Vaccination United Provinces of Agra and Oudh 1902-1913 - 1902-1913
Year: 1902
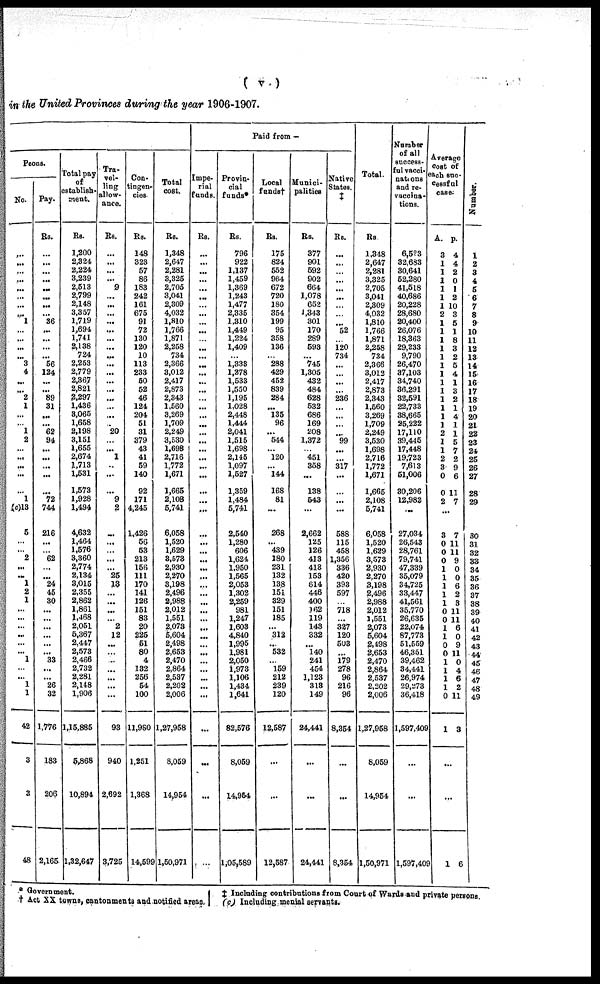
( v )
in the United Provinces during the year 1906-1907.
Paid from—
Peons.
No.
...
...
...
...
...
...
1
...
...
...
...
3
4
...
...
2
1
...
...
1
2
...
...
...
...
...
1
(c)13
5
...
...
2
...
...
1
2
1
...
...
...
...
...
...
1
...
...
1
1
42
3
3
48
Pay.
Rs.
...
...
...
...
...
...
...
36
...
...
...
...
56
124
...
...
89
31
...
...
62
94
...
...
...
...
72
744
216
...
62
...
...
24
45
30
...
...
...
...
...
...
33
...
...
26
32
1,776
183
206
2,165
Total pay
of
establish-
ment.
Rs.
1,200
2,324
2,224
3,239
2,513
2,799
2,148
3,357
1,719
1,694
1,741
2,138
724
2,253
2,779
2,367
2,821
2,297
1,436
3,065
1,658
2,198
3,151
1,655
2,674
1,713
1,531
1,573
1,928
1,494
4,632
1,464
1,576
3,360
2,774
2,134
3,015
2,355
2,862
1,861
1,468
2,051
5,367
2,447
2,573
2,466
2,732
2,281
2,148
1,906
1,15,885
5,868
10,894
1,32,647
Tra¬
vel-
ling
allow-
ance.
Rs.
...
...
...
...
9
...
...
...
...
...
...
...
...
...
...
...
...
...
...
...
...
20
...
1
...
...
...
9
2
...
...
...
...
25
13
...
...
...
...
2
12
...
...
...
...
...
...
...
93
940
2,692
3,725
Con-
tingen-
cies.
Rs.
148
323
57
86
183
242
161
675
91
72
130
120
10
113
233
50
52
46
124
204
51
31
379
43
41
59
140
92
171
4,245
1,426
56
53
213
156
111
170
141
126
151
83
20
225
51
80
4
132
256
54
100
11,980
1,251
1,368
14,599
Total
cost.
Rs.
1,348
2,647
2,281
3,325
2,705
3,041
2,309
4,032
1,810
1,766
1,871
2,258
734
2,366
3,012
2,417
2,873
2,343
1.560
3,269
1,709
2,249
3,530
1,698
2,716
1,772
1,671
1,665
2,108
5,741
6,058
1,520
1,629
3,573
2,930
2,270
3,198
2,496
2,988
2,012
1,551
2,073
5,604
2,498
2,653
2,470
2,864
2,537
2,202
2,006
1,27,958
8,059
14,954
1,50,971
Impe-
rial
funds.
Rs.
...
...
...
...
...
...
...
...
...
...
...
...
...
...
...
...
...
...
...
...
...
...
...
...
...
...
...
...
...
...
...
...
...
...
...
...
...
...
...
...
...
...
...
...
...
...
...
...
...
...
...
...
...
...
Provin-
cial
funds*
Rs.
796
922
1,137
1,459
1,369
1,243
1,477
2,335
1,310
1,449
1,224
1,409
1,333
1,278
1,533
1,550
1,195
1,028
2,448
1,444
2,041
1,515
1,698
2,145
1,097
1,527
1,359
1,484
5,741
2,540
1,280
606
1,624
1,950
1,565
2,053
1,302
2,259
981
1,247
1,603
4,840
1,995
1,981
2,050
1,973
1,106
1,434
1,641
82,576
8,059
14,954
1,05,589
Local
funds†
Rs.
175
824
552
964
672
720
180
354
199
95
358
136
...
288
429
452
839
284
...
135
96
...
544
...
120
...
144
168
81
...
268
...
439
180
231
132
138
151
329
151
185
...
312
...
532
...
159
212
239
120
12,587
...
...
12,587
Munici-
palities
Rs.
377
901
592
902
664
1,078
652
1,343
301
170
289
593
...
745
1,305
432
484
628
532
686
169
208
1,372
451
358
...
138
543
...
2,662
125
126
413
413
153
614
446
400
162
119
143
332
...
140
241
454
1,123
318
149
24,441
...
...
24,441
Native
States.
‡
Rs.
...
...
...
...
...
...
52
120
734
...
...
...
...
236
...
...
...
99
...
...
317
...
...
...
588
115
458
1,356
336
420
393
597
718
...
327
120
503
...
179
278
96
216
96
8,354
...
...
8,354
Total.
Rs.
1,348
2,647
2,281
3,325
2,705
3,041
2,309
4,032
1,810
1,766
1,871
2,258
734
2,366
3,012
2,417
2,873
2,343
1,560
3,269
1,709
2,249
3,530
1,698
2,716
1,772
1,671
1,665
2,108
5,741
6,058
1,520
1,629
3,573
2,930
2,270
3,198
2,496
2,988
2,012
1,551
2,073
5,604
2,498
2,653
2,470
2,864
2,537
2,202
2,006
1,27,958
8,059
14,954
1,50,971
Number
of all
success-
ful vacci-
nations
and re-
vaccina¬
tions.
6,523
32,683
30,641
52,280
41,518
40,686
20,228
28,680
20,400
26,076
18,363
29,233
9,790
26,470
37,103
34,740
36,291
32,591
22,733
38,665
25,222
17,110
39,445
17,448
19,723
7,613
51,006
30,206
12,982
...
27,034
26,543
28,761
79,741
47,339
35,079
34,725
33,447
41,561
35,770
26,635
22,074
87,773
51,559
46,351
39,462
34,441
26,974
29,273
36,418
1,597,409
...
...
1,597,409
Average
cost of
each suc-
cessful
case.
A.
3
1
1
1
1
1
1
2
1
1
1
1
1
1
1
1
1
1
1
1
1
2
1
1
2
3
0
0
2
p.
4
4
2
0
1
2
10
3
5
1
8
3
2
5
4
1
3
2
1
4
1
1
5
7
2
9
6
11
7
3
0
0
0
1
1
1
1
1
0
0
1
1
0
0
1
1
1
1
0
1
7
11
11
9
0
0
6
2
3
11
11
6
0
9
11
0
4
6
2
11
3
...
...
1
6
Number.
1
2
3
4
5
6
7
8
9
10
11
12
13
14
15
16
17
18
19
20
21
22
23
24
25
26
27
28
29
30
31
32
33
34
35
36
37
38
39
40
41
42
43
44
45
46
47
48
49
* Government.
† Act XX towns, cantonments and notified areas.
‡ Including contributions from Court of Wards and private persons.
(c) Including menial servants.